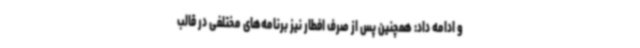
و ادامه داد: همچنین پس از صرف افطار نیز برنامه‌های مختلفی در قالب